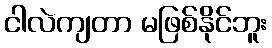
ငါလဲကျတာ မဖြစ်နိုင်ဘူး